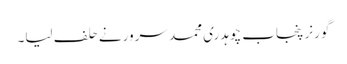
گورنر پنجاب چوہدری محمد سرورنے حلف لیا۔